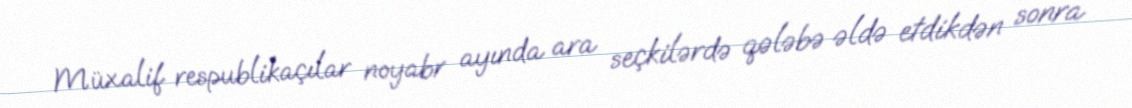
Müxalif respublikaçılar noyabr ayında ara seçkilərdə qələbə əldə etdikdən sonra